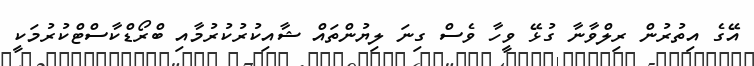
އޭގެ އިތުރުން ރިލްވާނާ ގުޅޭ ވީހާ ވެސް ގިނަ ލިޔުންތައް ޝާއިކުރުކުރުމާއި ބްރޯޑްކާސްޓްކުރުމަކީ